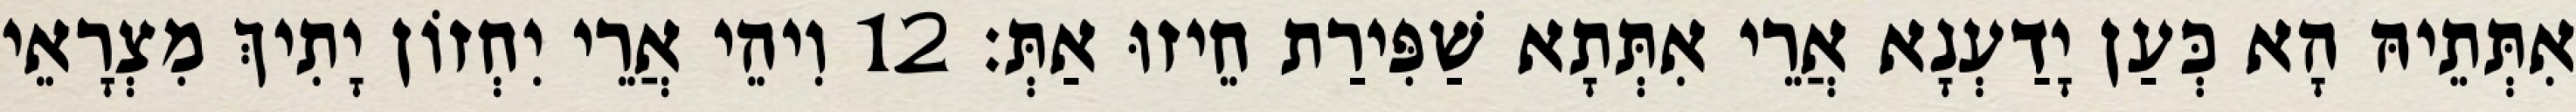
אִתְּתֵיהּ הָא כְּעַן יָדַעְנָא אֲרֵי אִתְּתָא שַׁפִּירַת חֵיזוּ אַתְּ׃ 12 וִיהֵי אֲרֵי יִחְזוֹן יָתִיךְ מִצְרָאֵי